Children and Young Persons (Scotland) Act, 1932. Care and training of juveniles, 1932
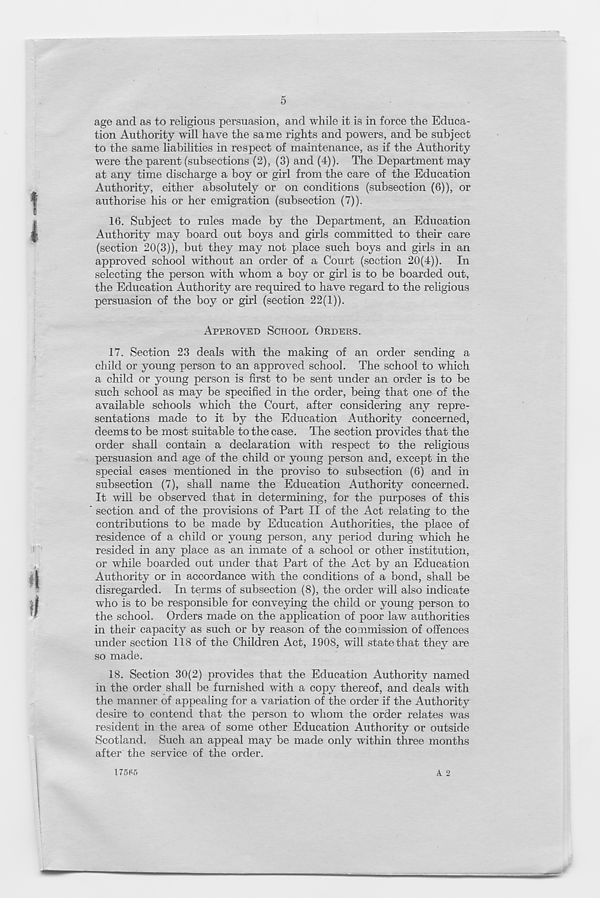
0
age and as to religious persuasion, and while it is in force the Educa-
tion Authority will have the same rights and powers, and be subject
to the same liabilities in respect of maintenance, as if the Authority
were the parent (subsections (2), (3) and (4)). The Department may
at any time discharge a boy or girl from the care of the Education
Authority, either absolutely or on conditions (subsection (6)), or
authorise his or her emigration (subsection (7)).
16. Subject to rules made by the Department, an Education
Authority may board out boys and girls committed to their care
(section 20(3)), but they may not place such boys and girls in an
approved school without an order of a Court (section 20(4)). In
selecting the person with whom a boy or girl is to be boarded out,
the Education Authority are required to have regard to the religious
persuasion of the boy or girl (section 22(1)).
APPROVED SCHOOL ORDERS.
17. Section 23 deals with the making of an order sending a
child or young person to an approved school. The school to which
a child or young person is first to be sent under an order is to be
such school as may be specified in the order, being that one of the
available schools which the Court, after considering any repre-
sentations made to it by the Education Authority concerned,
deems to be most suitable to the case. The section provides that the
order shall contain a declaration with respect to the religious
persuasion and age of the child or young person and, except in the
special cases mentioned in the proviso to subsection (6) and in
subsection (7), shall name the Education Authority concerned.
It will be observed that in determining, for the purposes of this
section and of the provisions of Part II of the Act relating to the
contributions to be made by Education Authorities, the place of
residence of a child or young person, any period during which he
resided in any place as an inmate of a school or other institution,
or while boarded out under that Part of the Act by an Education
Authority or in accordance with the conditions of a bond, shall be
disregarded. In terms of subsection (8), the order will also indicate
who is to be responsible for conveying the child or young person to
the school. Orders made on the application of poor law authorities
in their capacity as such or by reason of the commission of offences
under section 118 of the Children Act, 1908, will state that they are
so made.
18. Section 30(2) provides that the Education Authority named
in the order shall be furnished with a copy thereof, and deals with
the manner of appealing for a variation of the order if the Authority
desire to contend that the person to whom the order relates was
resident in the area of some other Education Authority or outside
Scotland. Such an appeal may be made only within three months
after the service of the order.
A. 2
175H5